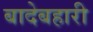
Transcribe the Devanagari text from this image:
बादेबहारी